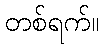
တစ်ရက်။